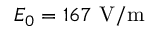
E _ { 0 } = 1 6 7 ~ \mathrm { V / m }